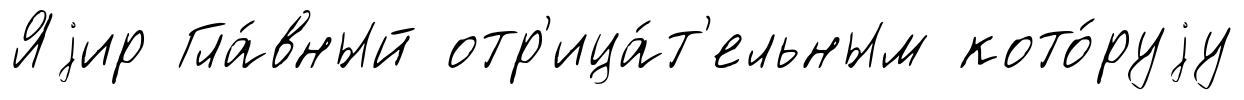
Яjир Гла́вный отр'ица́т'ельным кото́руjу